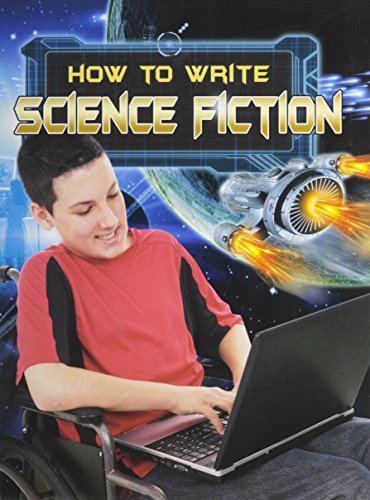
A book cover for How to Write Science Fiction (Text Styles); Megan Kopp; Science Fiction & Fantasy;